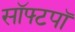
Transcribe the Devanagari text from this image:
सॉफ्टपॉ